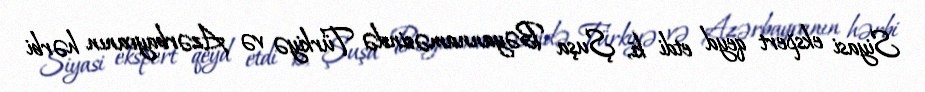
Siyasi ekspert qeyd etdi ki, Şuşa Bəyannaməsində Türkiyə və Azərbaycanın hərbi